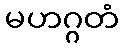
မဟဂ္ဂတံ